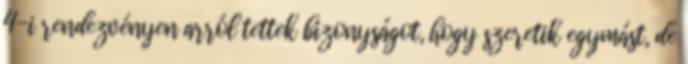
4-i rendezvényen arról tettek bizonyságot, hogy szeretik egymást, de